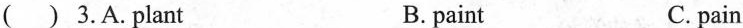
( ) 3.A. plant B. paint C. pain